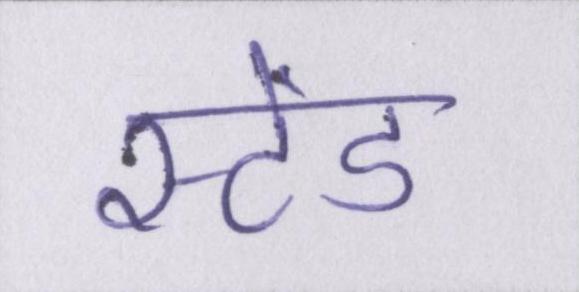
स्टेंड